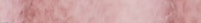
محل الأدوات المنزلية أبنا